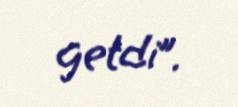
getdi”.